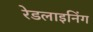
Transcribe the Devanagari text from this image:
रेडलाइनिंग